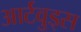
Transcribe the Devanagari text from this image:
आर्टवुड्स